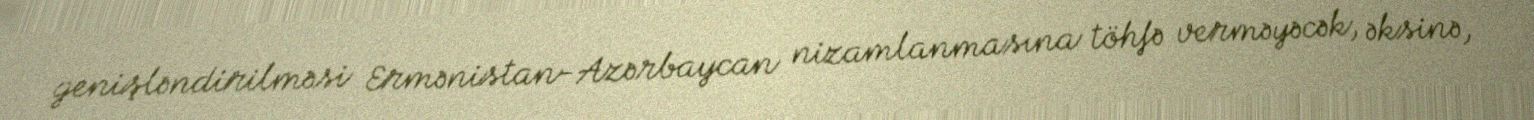
genişləndirilməsi Ermənistan-Azərbaycan nizamlanmasına töhfə verməyəcək, əksinə,